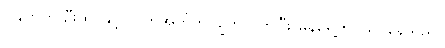
ဂျဲနက်က ဦးထုပ်နှင့် လက်အိတ်ကို ချွတ်လိုက်ပြီး မှန်ရှေ့တွင် ရပ်နေသည်။